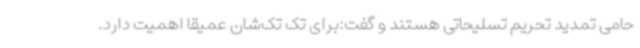
حامی تمدید تحریم تسلیحاتی هستند و گفت:برای تک تک‌شان عمیقا اهمیت دارد.